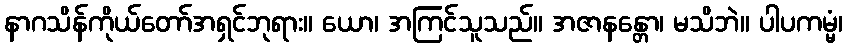
နာဂသိန်ကိုယ်တော်အရှင်ဘုရား။ ယော၊ အကြင်သူသည်။ အဇာနန္တော၊ မသိဘဲ။ ပါပကမ္မံ၊